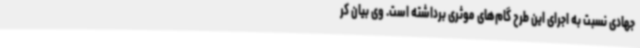
جهادی نسبت به اجرای این طرح گام‌های موثری برداشته است. وی بیان کر